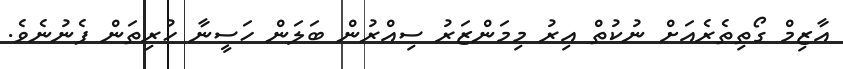
އާޒިމް ގޯތިތެރެއަށް ނުކުތް އިރު މިމަންޒަރު ސިއްރުން ބަލަން ހަސީނާ ހުރިތަން ފެނުނެވެ.